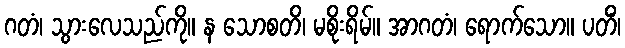
ဂတံ၊ သွားလေသည်ကို။ န သောစတိ၊ မစိုးရိမ်။ အာဂတံ၊ ရောက်သော။ ပတိံ၊